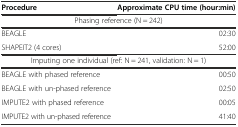
<table><thead><tr><td><b>Procedure</b></td><td><b>Approximate CPU time (hour:min)</b></td></tr></thead><tbody><tr><td colspan="2">Phasing reference (N = 242)</td></tr><tr><td>BEAGLE</td><td>02:30</td></tr><tr><td>SHAPEIT2 (4 cores)</td><td>52:00</td></tr><tr><td colspan="2">Imputing one individual (ref: N = 241, validation: N = 1)</td></tr><tr><td>BEAGLE with phased reference</td><td>00:50</td></tr><tr><td>BEAGLE with un-phased reference</td><td>02:50</td></tr><tr><td>IMPUTE2 with phased reference</td><td>00:05</td></tr><tr><td>IMPUTE2 with un-phased reference</td><td>41:40</td></tr></tbody></table>